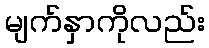
မျက်နှာကိုလည်း